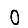
Digit: 0